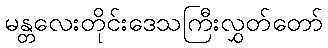
မန္တလေးတိုင်းဒေသကြီးလွှတ်တော်